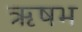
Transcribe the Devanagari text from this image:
ॠषभ